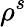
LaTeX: \rho^{s}